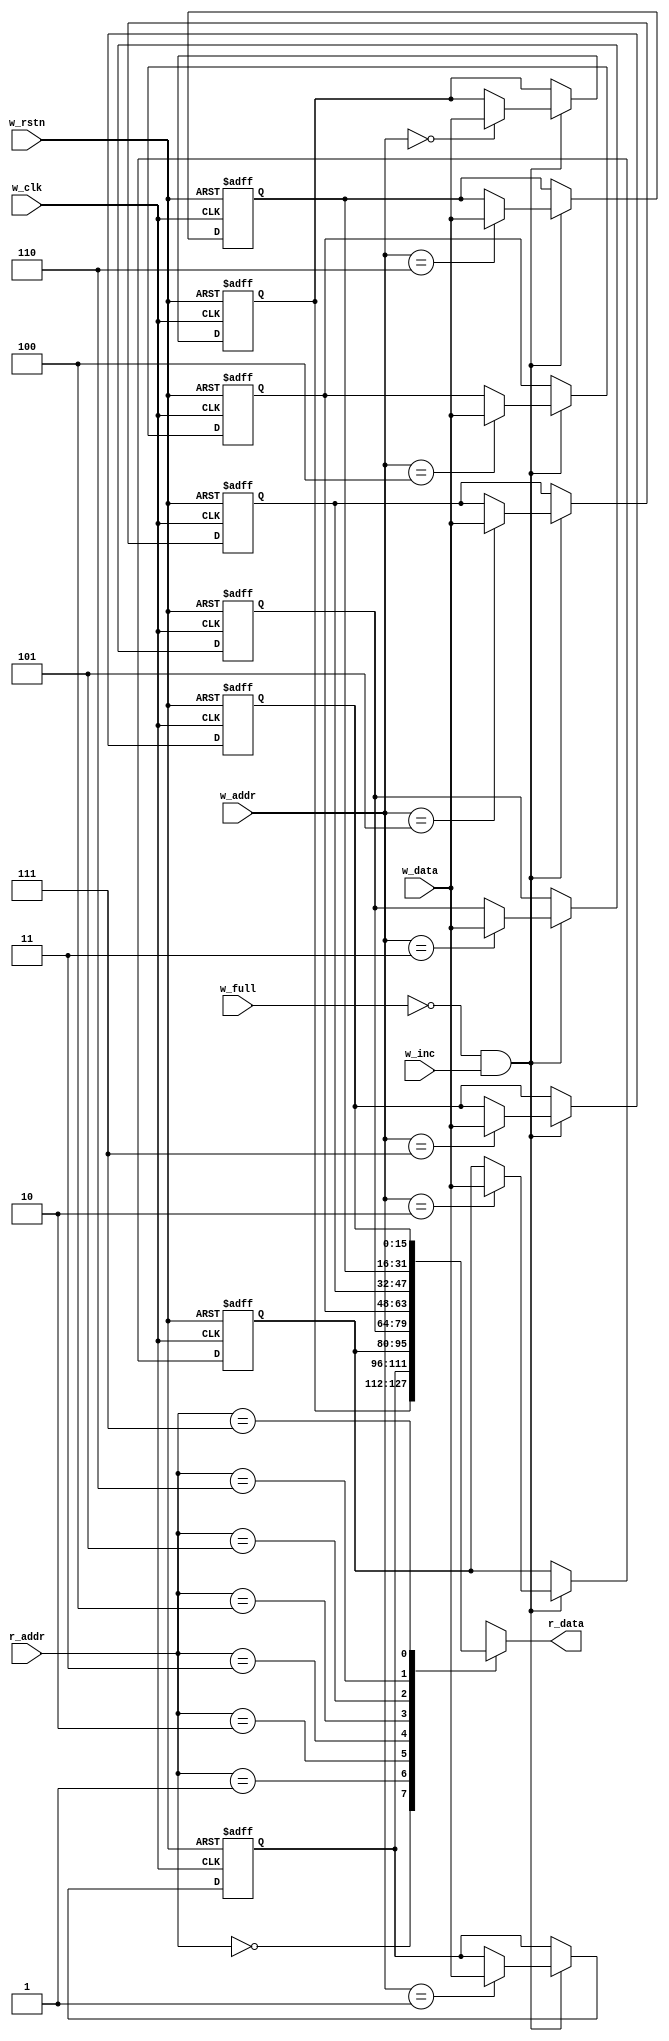
module fifo_mem #(
  parameter D_SIZE = 16 ,                       // data size
  parameter F_DEPTH = 8 ,                       // fifo depth
  parameter P_SIZE = 4                          // pointer width
)
  (   
   input                    w_clk,              // write domian operating clock
   input                    w_rstn,             // write domian active low reset       
   input                    w_full,             // fifo buffer full flag
   input                    w_inc,              // write control signal
   input   [P_SIZE-2:0]     w_addr,             // write address bus
   input   [P_SIZE-2:0]     r_addr,             // synchronized read pointer bus
   input   [D_SIZE-1:0]     w_data,             // write data bus
   output  [D_SIZE-1:0]     r_data              // read data bus

  );

reg [F_DEPTH-1:0] i ;

//FIFO Memory
reg [D_SIZE-1:0] FIFO_MEM [F_DEPTH-1:0] ;


// writing data
always @(posedge w_clk or negedge w_rstn)
 begin
  if(!w_rstn)
   begin 
    for(i=0;i<F_DEPTH;i=i+1) 
     FIFO_MEM[i] <= {D_SIZE{1'b0}} ;
   end
 else if (!w_full && w_inc)
    FIFO_MEM[w_addr] <= w_data ;
 end


// reading domain
assign r_data = FIFO_MEM[r_addr] ;

endmodule